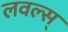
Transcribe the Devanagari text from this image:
लवल्स्